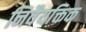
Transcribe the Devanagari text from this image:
निवैयक्तिक